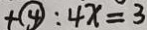
+ \textcircled { 4 } : 4 x = 3